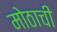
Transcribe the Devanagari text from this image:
मोठाची